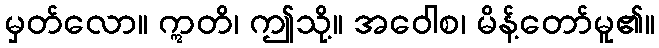
မှတ်လော။ ဣတိ၊ ဤသို့။ အဝေါစ၊ မိန့်တော်မူ၏။